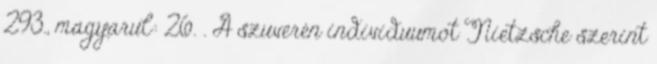
293., magyarul: 26. . A szuverén individuumot Nietzsche szerint